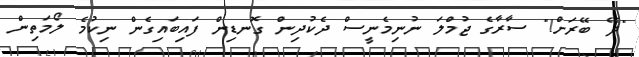
"ދޭ ބޭރަށް!" ސާރާގެ ޖުމްލަ ނުނިމެނީސް ދެކުދިން ގޮނޑިން ފައިބައިގެން ނިކުމެ ލޯމަތިން